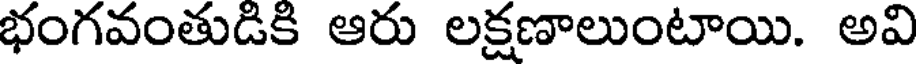
భంగవంతుడికి ఆరు లక్షణాలుంటాయి. అవి